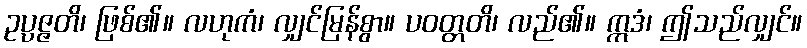
ဥပ္ပဇ္ဇတိ၊ ဖြစ်၏။ လဟုကံ၊ လျှင်မြန်စွာ။ ပဝတ္တတိ၊ လည်၏။ ဣဒံ၊ ဤသည်လျှင်။